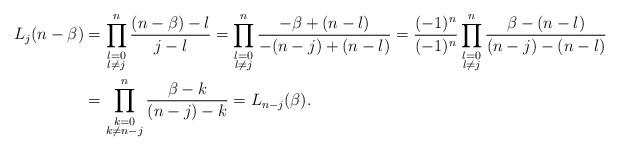
LaTeX: \begin{align*}L_j(n-\beta)&=\prod_{\substack{l=0\\l\neq j}}^n\frac{(n-\beta)-l}{j-l}=\prod_{\substack{l=0\\l\neq j}}^n\frac{-\beta+(n-l)}{-(n-j)+(n-l)}=\frac{(-1)^n}{(-1)^n}\prod_{\substack{l=0\\l\neq j}}^n\frac{\beta-(n-l)}{(n-j)-(n-l)}\\&=\prod_{\substack{k=0\\k\neq n-j}}^n\frac{\beta-k}{(n-j)-k}=L_{n-j}(\beta).\end{align*}